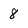
Character: 8